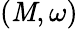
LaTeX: (\mathit{M},\omega)